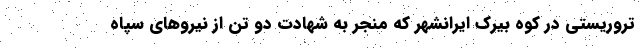
تروریستی در کوه بیرک ایرانشهر که منجر به شهادت دو تن از نیروهای سپاه